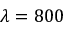
\lambda = 8 0 0